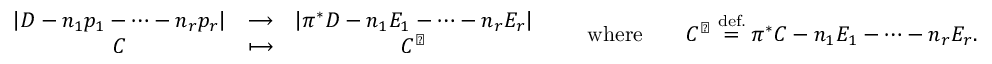
\begin{array} { r l r l r l } & { \begin{array} { c c c } { \left| D - n _ { 1 } p _ { 1 } - \cdots - n _ { r } p _ { r } \right| } & { \longrightarrow } & { \left| \pi ^ { * } D - n _ { 1 } E _ { 1 } - \cdots - n _ { r } E _ { r } \right| } \\ { C } & { \longmapsto } & { C ^ { \sharp } } \end{array} } & & { \mathrm { w h e r e } } & & { C ^ { \sharp } \overset { \mathrm { d e f . } } { = } \pi ^ { * } C - n _ { 1 } E _ { 1 } - \cdots - n _ { r } E _ { r } . } \end{array}